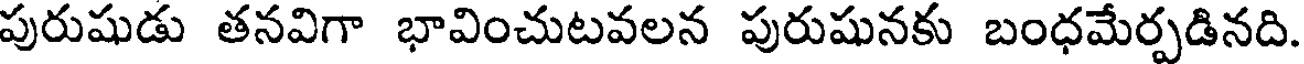
పురుషుడు తనవిగా భావించుటవలన పురుషునకు బంధమేర్పడినది.